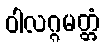
ဝါလဂ္ဂမတ္တံ